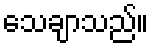
သေချာသည်။